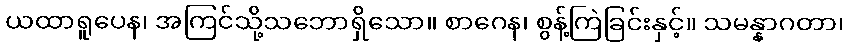
ယထာရူပေန၊ အကြင်သို့သဘောရှိသော။ စာဂေန၊ စွန့်ကြဲခြင်းနှင့်။ သမန္နာဂတာ၊